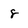
Character: 8